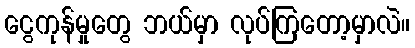
ငွေကုန်မှုတွေ ဘယ်မှာ လုပ်ကြတော့မှာလဲ။